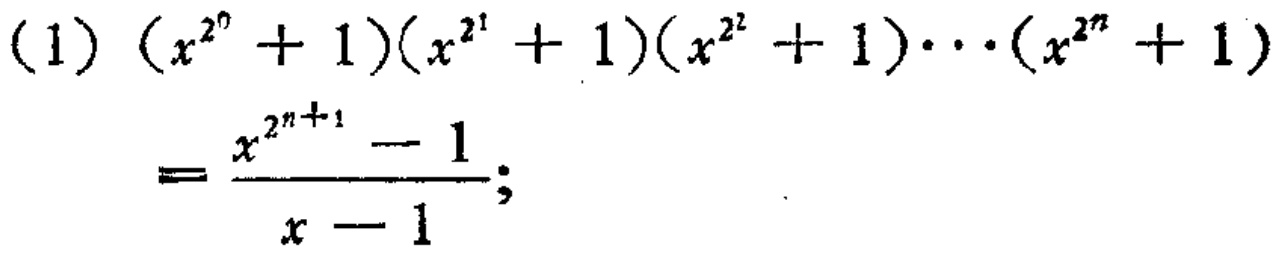
\[

\begin{align*}

&(1)\ (x^{2^{0}} + 1)(x^{2^{1}} + 1)(x^{2^{2}} + 1)\cdots(x^{2^{n}} + 1)\\

&=\frac{x^{2^{n + 1}} - 1}{x - 1};

\end{align*}

\]